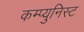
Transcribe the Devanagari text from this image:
कम्प्युनिस्ट